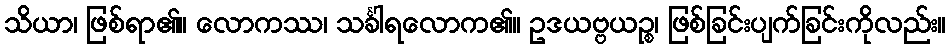
သိယာ၊ ဖြစ်ရာ၏။ လောကဿ၊ သင်္ခါရလောက၏။ ဥဒယဗ္ဗယဉ္စ၊ ဖြစ်ခြင်းပျက်ခြင်းကိုလည်း။